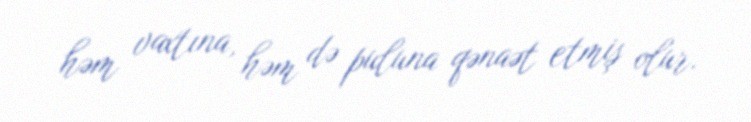
həm vaxtına, həm də puluna qənaət etmiş olur.